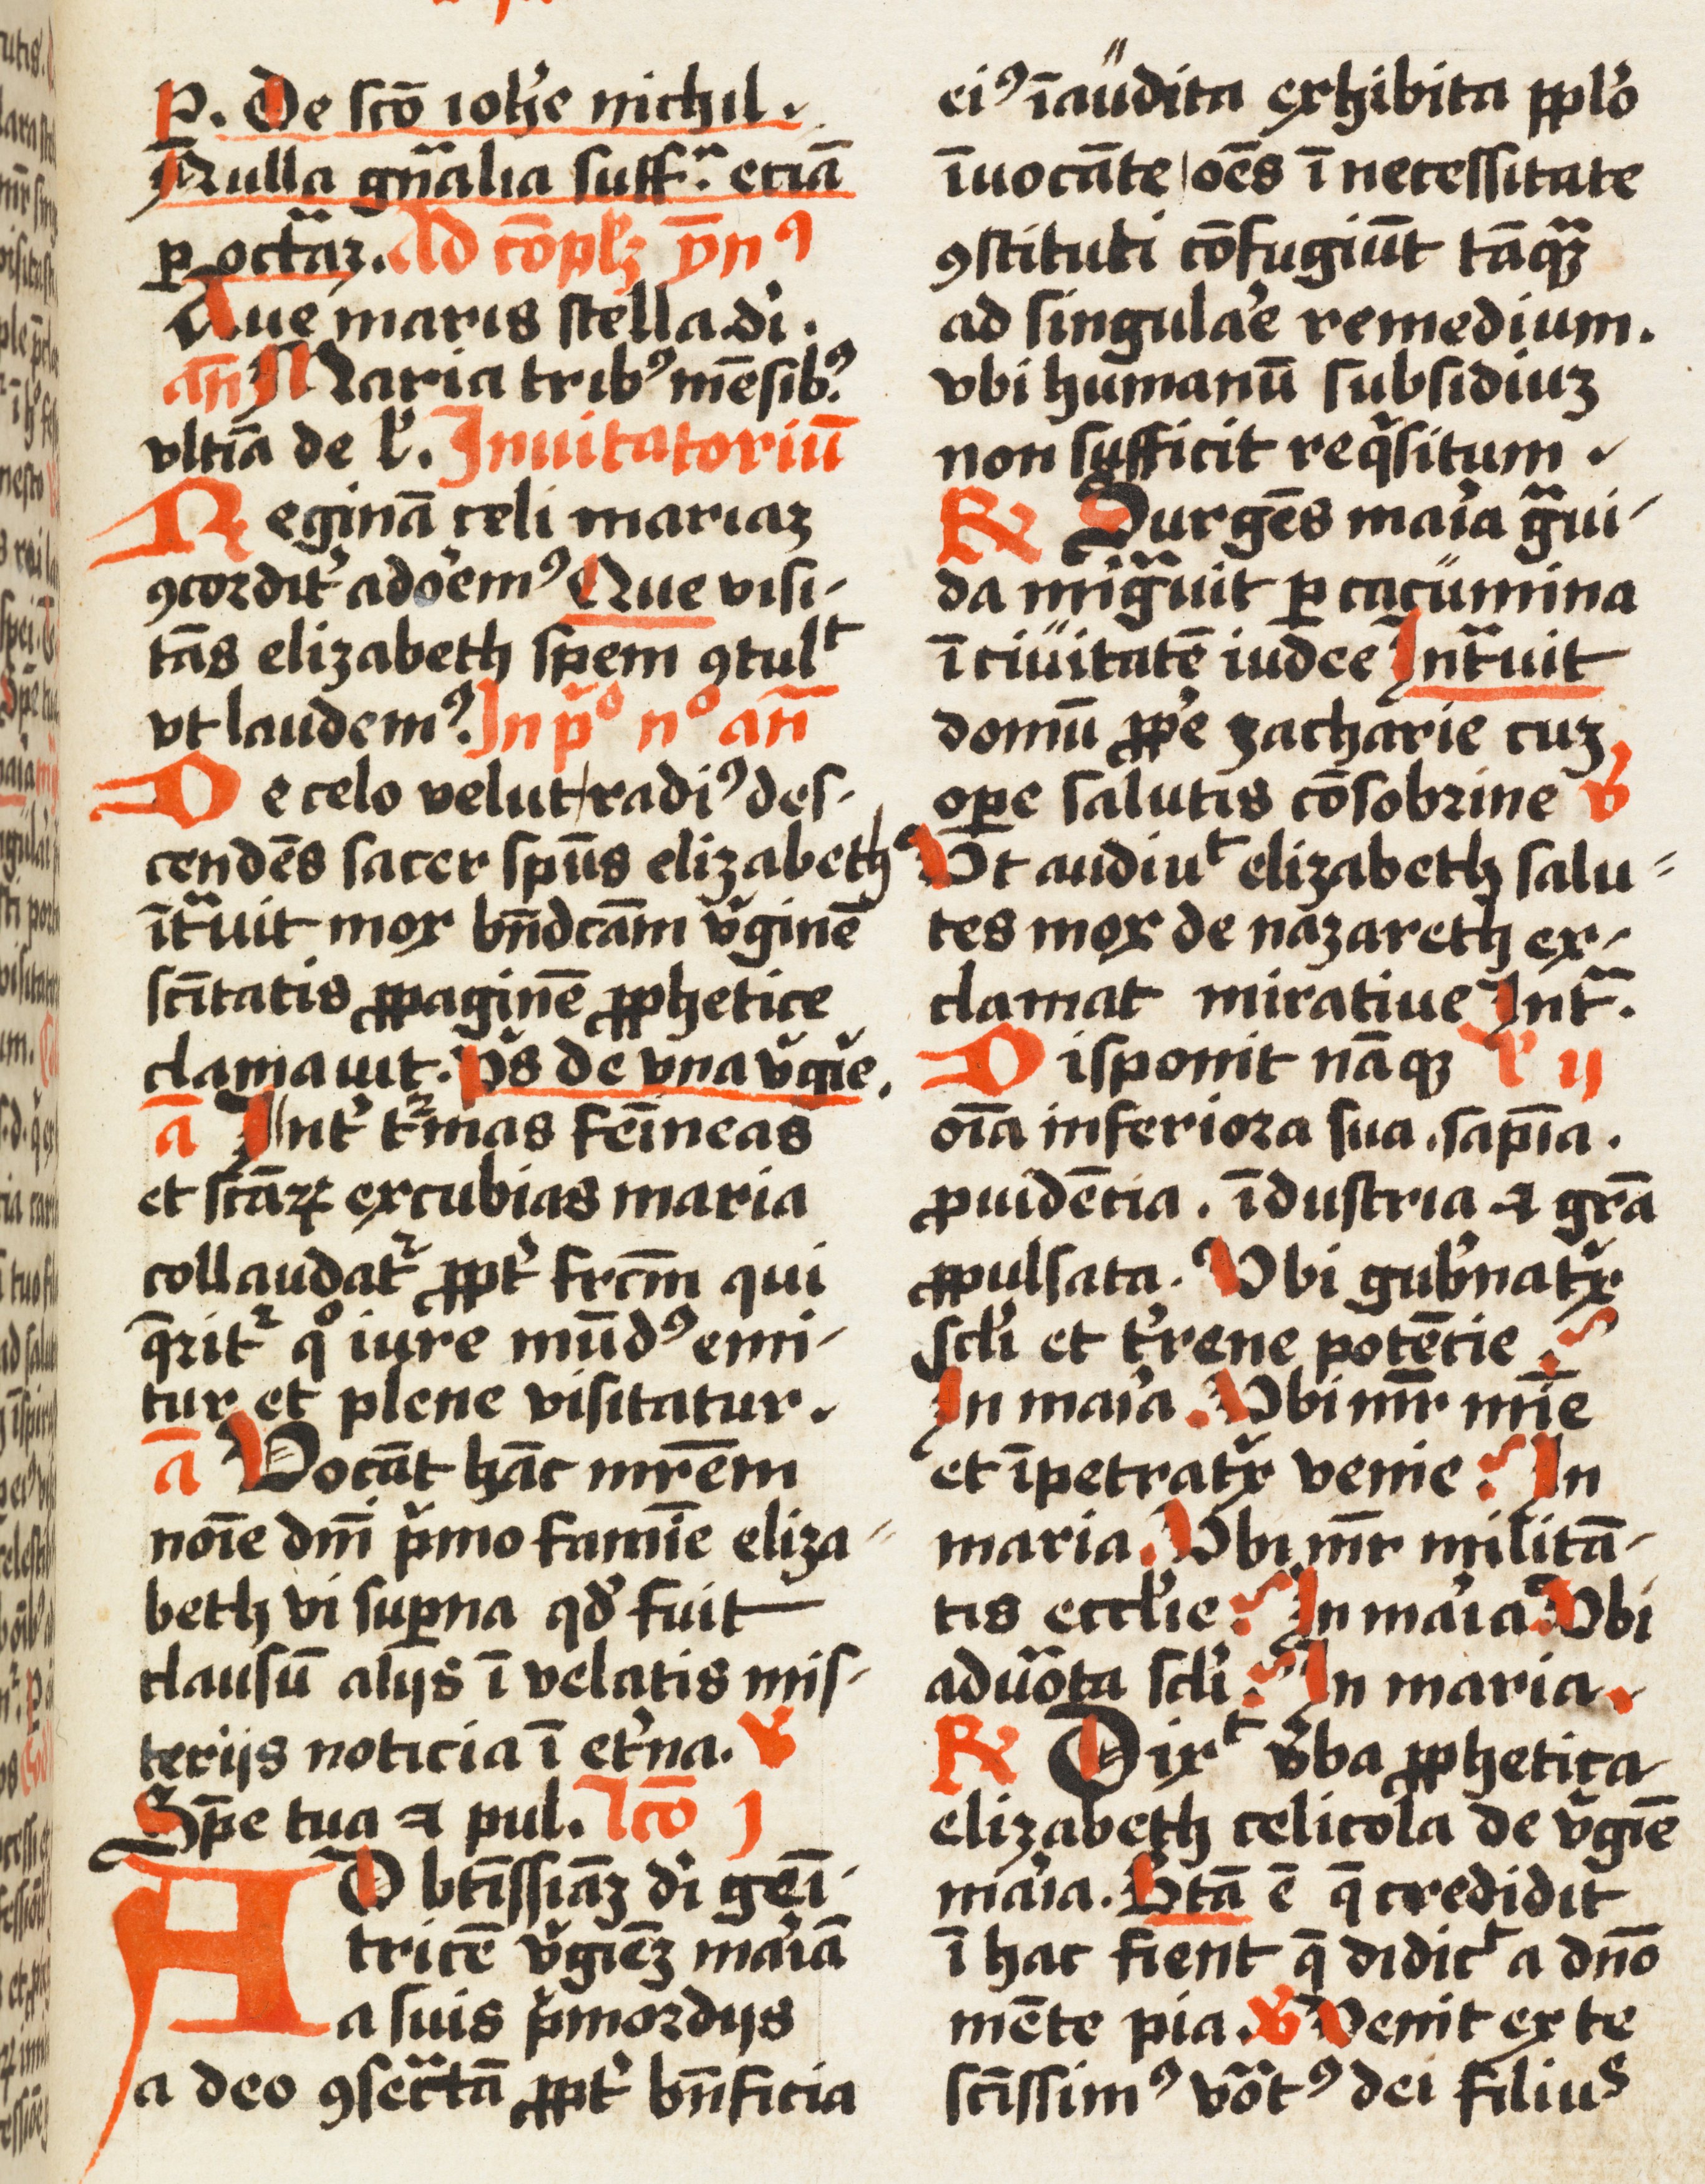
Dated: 1500–1524